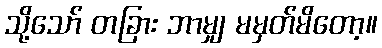
သို့သော် တခြား ဘာမျှ မမှတ်မိတော့။